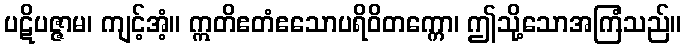
ပဋိပဇ္ဇာမ၊ ကျင့်အံ့။ ဣတိဧတံဧသောပရိဝိတက္ကော၊ ဤသို့သောအကြံသည်။